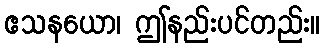
ဧသနယော၊ ဤနည်းပင်တည်း။